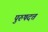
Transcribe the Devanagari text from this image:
पुरुषदत्त